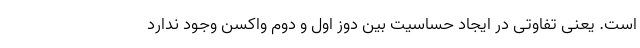
است. یعنی تفاوتی در ایجاد حساسیت بین دوز اول و دوم واکسن وجود ندارد